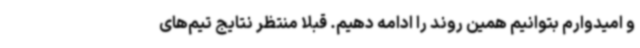
و امیدوارم بتوانیم همین روند را ادامه دهیم. قبلا منتظر نتایج تیم‌های